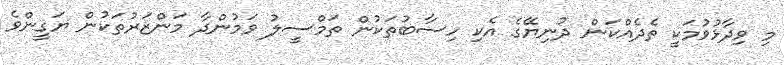
މި ވިދާޅުވުމަކީ ތެދެއްކަން ދުނިޔޭގެ އެކި ހިސާބުތަކުން ތަމްސީލު ވަމުންދާ މަންޒަރުތަކުން ޔަގީންވެ